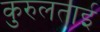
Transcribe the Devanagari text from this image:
कुरुलताई